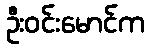
ဦးဝင်းမောင်က